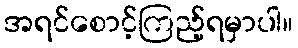
အရင်စောင့်ကြည့်ရမှာပါ။